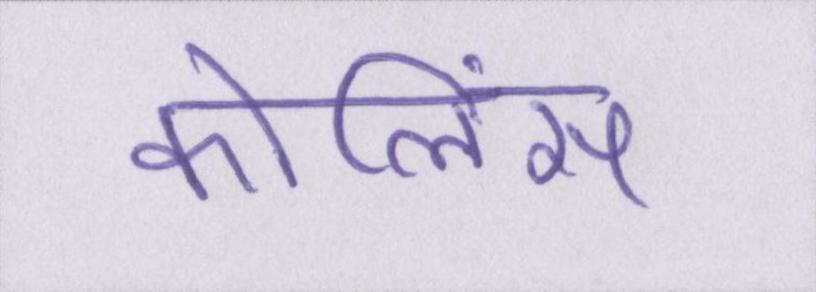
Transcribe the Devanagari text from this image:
कोलिंस